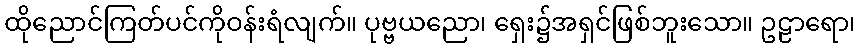
ထိုညောင်ကြတ်ပင်ကိုဝန်းရံလျက်။ ပုဗ္ဗယညော၊ ရှေး၌အရှင်ဖြစ်ဘူးသော။ ဥဠာရော၊